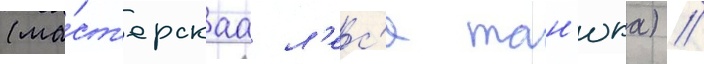
(ма́ст'ерскаа л'ес'я тан'юка) //